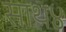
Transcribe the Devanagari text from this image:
साथ४